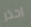
احذر